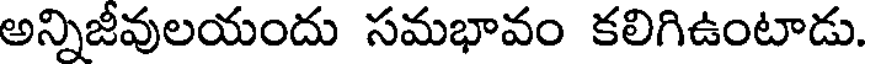
అన్నిజీవులయందు సమభావం కలిగిఉంటాడు.